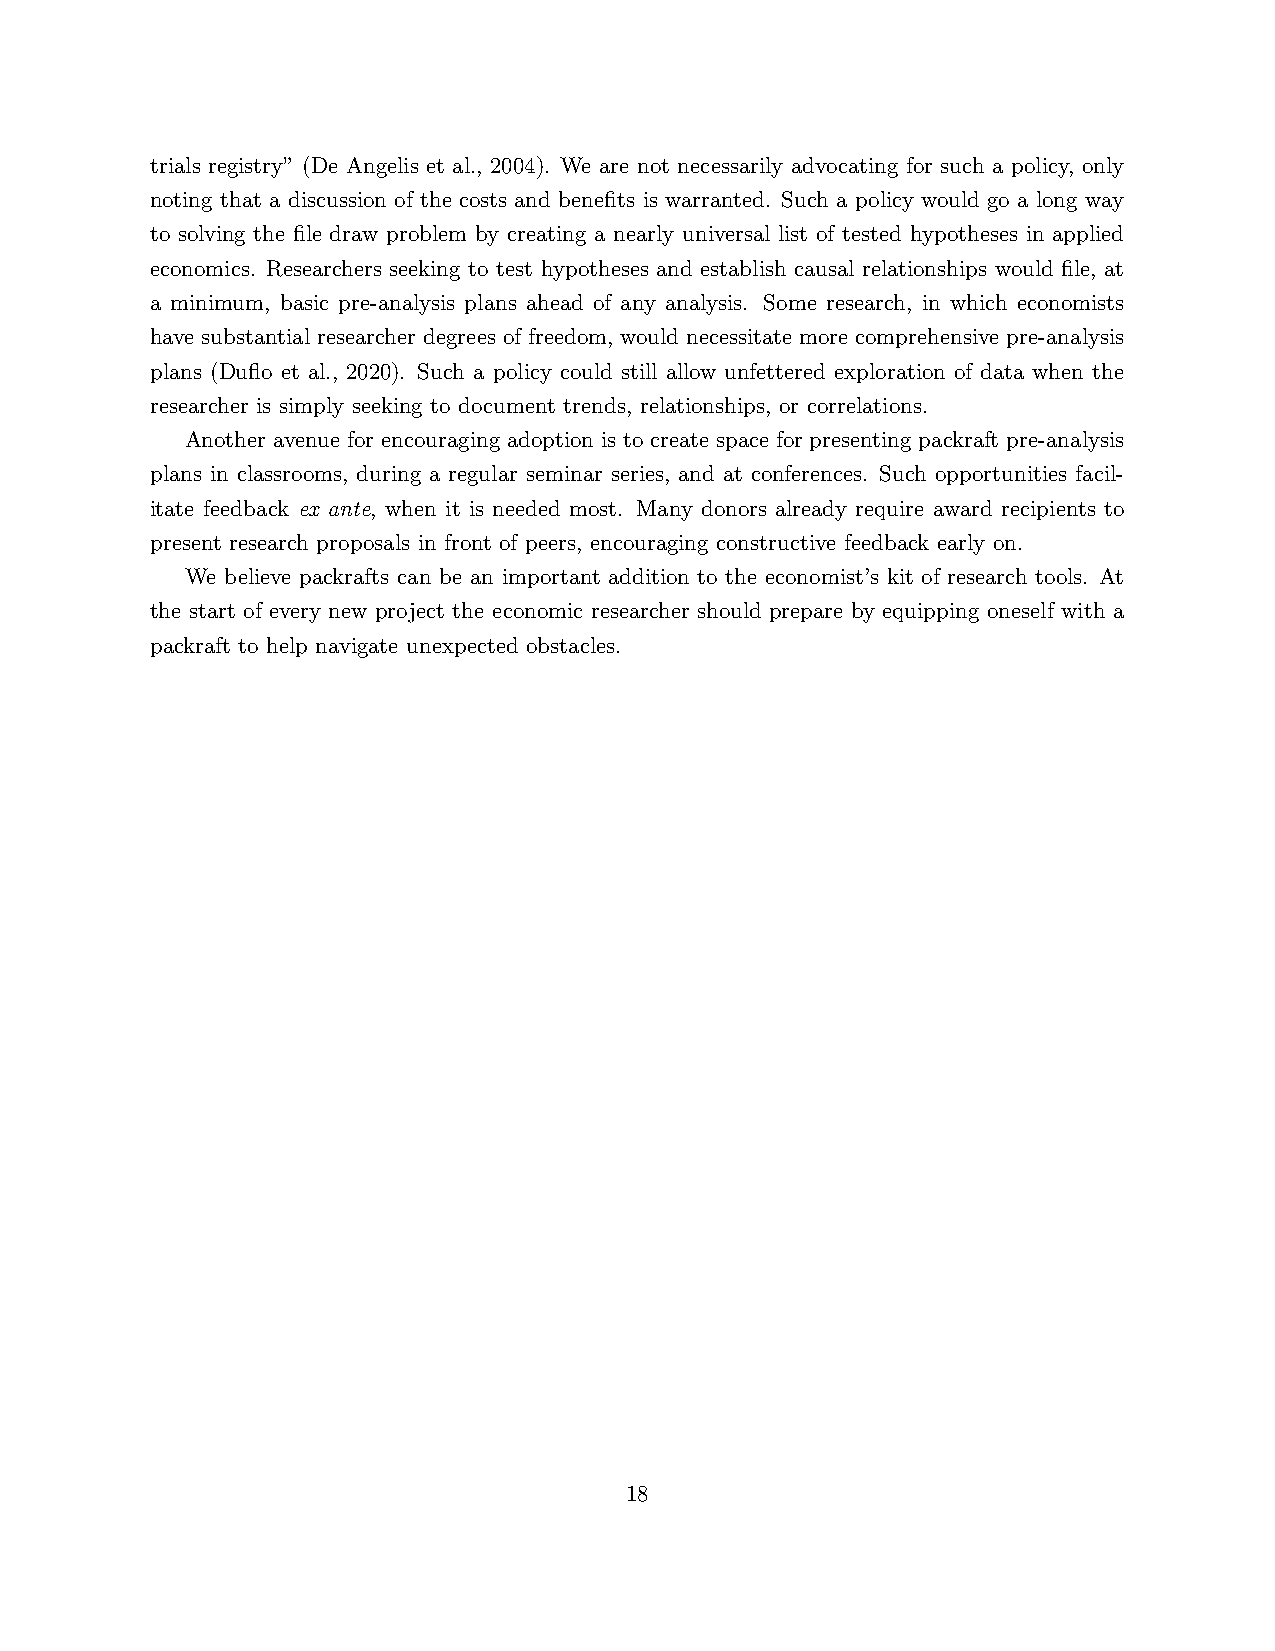
trials registry” (De Angelis et al., 2004). We are not necessarily advocating for such a policy, only
 noting that a discussion of the costs and benefits is warranted. Such a policy would go a long way
 to solving the file draw problem by creating a nearly universal list of tested hypotheses in applied
 economics. Researchers seeking to test hypotheses and establish causal relationships would file, at
 a minimum, basic pre-analysis plans ahead of any analysis. Some research, in which economists
 have substantial researcher degrees of freedom, would necessitate more comprehensive pre-analysis
 plans (Duflo et al., 2020). Such a policy could still allow unfettered exploration of data when the
 researcher is simply seeking to document trends, relationships, or correlations.
 Another avenue for encouraging adoption is to create space for presenting packraft pre-analysis
 plans in classrooms, during a regular seminar series, and at conferences. Such opportunities facil-
 itate feedback ex ante, when it is needed most. Many donors already require award recipients to
 present research proposals in front of peers, encouraging constructive feedback early on.
 We believe packrafts can be an important addition to the economist’s kit of research tools. At
 the start of every new project the economic researcher should prepare by equipping oneself with a
 packraft to help navigate unexpected obstacles.
 18